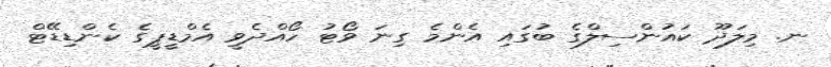
ނ. މިލަދޫ ކައުންސިލްގެ ބުގައި އެންމެ ގިނަ ވޯޓު ހޯއްދެވީ އެމްޑީޕީގެ ކެންޑިޑޭޓް